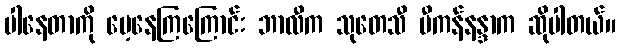
ပါနေတာကို မေ့နေကြကြောင်း ဘာလီက သုတေသီ ဗီကန်နန္ဒာက ဆိုပါတယ်။